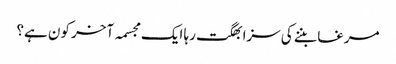
مرغا بننے کی سزا بھگت رہا ایک مجسمہ آخر کون ہے؟